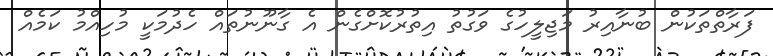
ފަރާތްތަކުން ބުނާއިރު މަޖިލީހުގެ ވަގުތު އިތުރުކޮށްގެން އެ ގާނޫނުތައް ހެދުމަކީ މުހިއްމު ކަމެއް